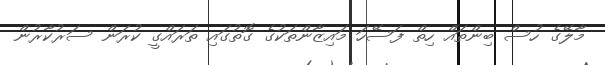
މާލޭގެ ހުސް ބިންތައް ހިތް ފަސޭހަ މައިޒާންތަކުގެ ގޮތުގައި ތަރައްގީ ކުރަން ސަރުކާރުން